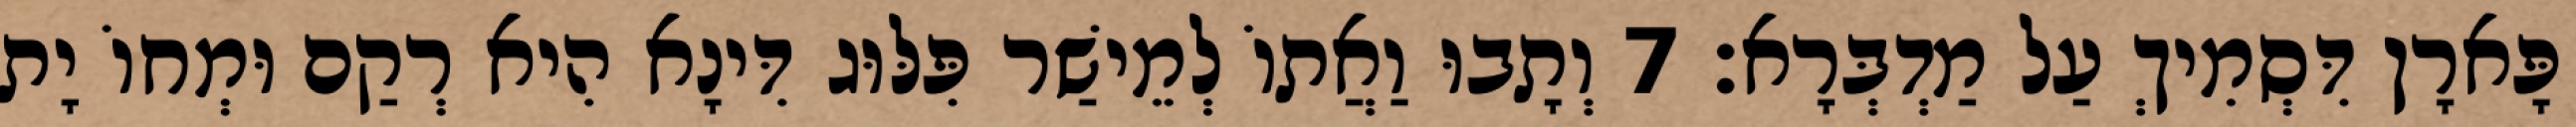
פָּארָן דִּסְמִיךְ עַל מַדְבְּרָא׃ 7 וְתָבוּ וַאֲתוֹ לְמֵישַׁר פִּלּוּג דִּינָא הִיא רְקַם וּמְחוֹ יָת